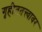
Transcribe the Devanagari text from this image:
गृहीततत्त्वावर